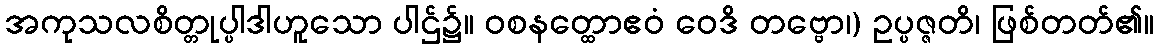
အကုသလစိတ္တုပ္ပါဒါဟူသော ပါဌ်၌။ ဝစနတ္ထောဧဝံ ဝေဒိ တဗ္ဗော၊) ဥပ္ပဇ္ဇတိ၊ ဖြစ်တတ်၏။